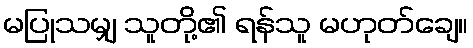
မပြုသမျှ သူတို့၏ ရန်သူ မဟုတ်ချေ။